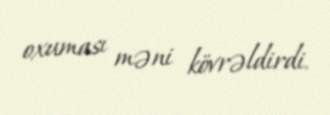
oxuması məni kövrəldirdi.